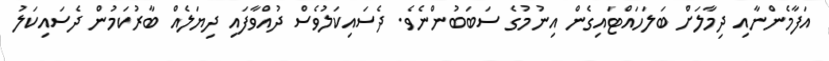
އަފާމެންނާއި ދިމާލަށް ބަލަހައްޓައިގެން އިނުމުގެ ސަބަބުންނެވެ. ދެެސައިކަލުވެސް ދުއްވާފައި ދިޔަލެއް ބާރުކަމުން ދެސައިކަލު